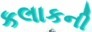
કલાકની